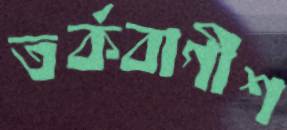
তর্কবাগীশ